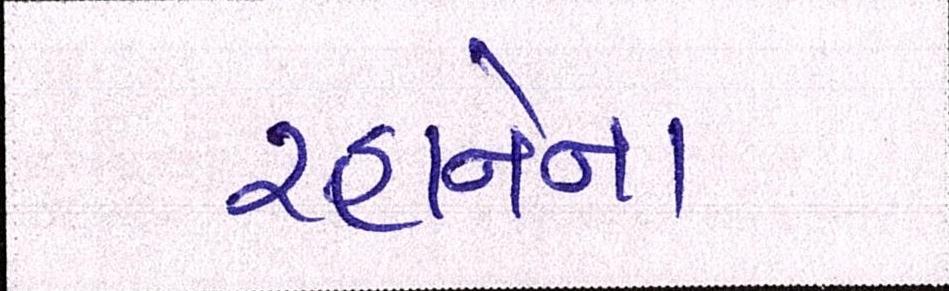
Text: રહાનેના